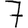
Digit: 7